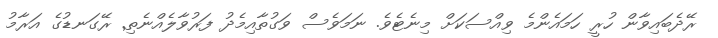
ރޭދެބައިވާން ހުރީ ހަމައެންމެ ވިއްސަކަށް މިނެޓެެވެ. ނަމަވެސް ވަގުތާއިމެދު ފަރުވާލެއްނެތި